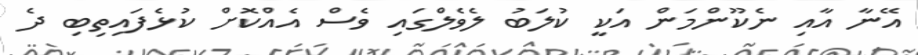
އޭނާ އާއި ނެކޫންމަން އަކީ ކުލަބު ލެވެލްގައި ވެސް އެއްކޮށް ކުޅެފައިތިބި ދެ